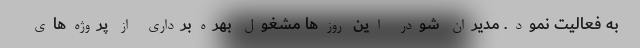
به فعالیت نمود. مدیران شودر این روزها مشغول بهره‌برداری از پروژه‌های